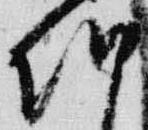
朝